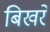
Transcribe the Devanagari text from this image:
बिखरें